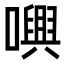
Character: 𡁝